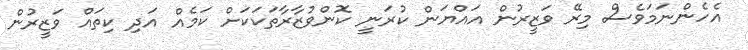
އެހެންނަމަވެސް މިރޭ ވަޒީރުން އައްޔަން ކުރަނީ ކޮންވުޒާރާތަކަކަށް ކަމެއް އަދި ކިތައް ވަޒީރުން